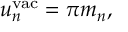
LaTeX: u _ { n } ^ { \mathrm { v a c } } = \pi m _ { n } ,